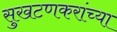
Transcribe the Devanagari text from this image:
सुखटणकरांच्या